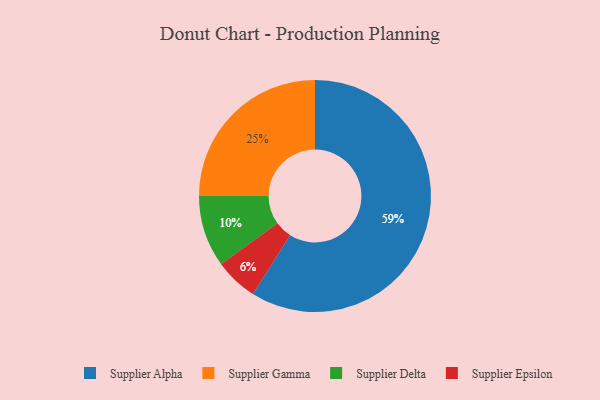
{"axis": {"x": "Category", "y": "Percentage"}, "legend": ["Supplier Alpha", "Supplier Delta", "Supplier Epsilon", "Supplier Gamma"], "data": [{"x": "Supplier Epsilon", "y": 6, "type": "Supplier Epsilon"}, {"x": "Supplier Delta", "y": 10, "type": "Supplier Delta"}, {"x": "Supplier Alpha", "y": 59, "type": "Supplier Alpha"}, {"x": "Supplier Gamma", "y": 25, "type": "Supplier Gamma"}]}